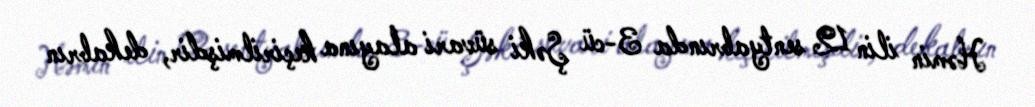
Həmin ilin 12 sentyabrında 3-cü Şəki süvari alayına keçirilmişdir, dekabrın